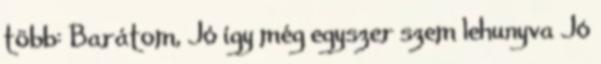
több: Barátom, Jó így még egyszer szem lehunyva Jó